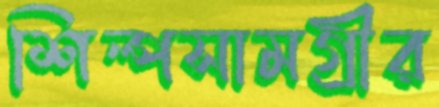
শিল্পসামগ্রীর